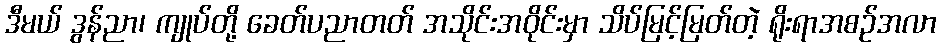
ဒီမယ် ဒွန်ညာ၊ ကျုပ်တို့ ခေတ်ပညာတတ် အသိုင်းအဝိုင်းမှာ သိပ်မြင့်မြတ်တဲ့ ရိုးရာအစဉ်အလာ